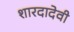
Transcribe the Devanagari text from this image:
शारदादेवी